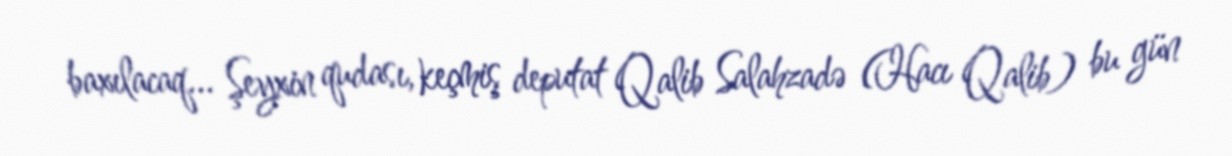
baxılacaq... Şeyxin qudası, keçmiş deputat Qalib Salahzadə (Hacı Qalib) bu gün